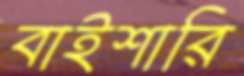
বাইশারি